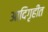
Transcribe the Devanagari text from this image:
आदिगृहीत